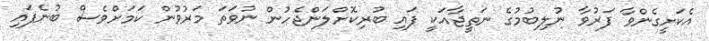
އެކަށީގެންވާ ފަރުވާ ނުލިބުމުގެ ނަތީޖާއަކީ ފައި ބުރިކޮށްލަންޖެހުން ނުވަތަ މަރުވުން ކަމަށްވެސް ބުނެފައި